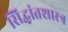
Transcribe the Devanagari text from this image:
सिद्धांतशास्त्र